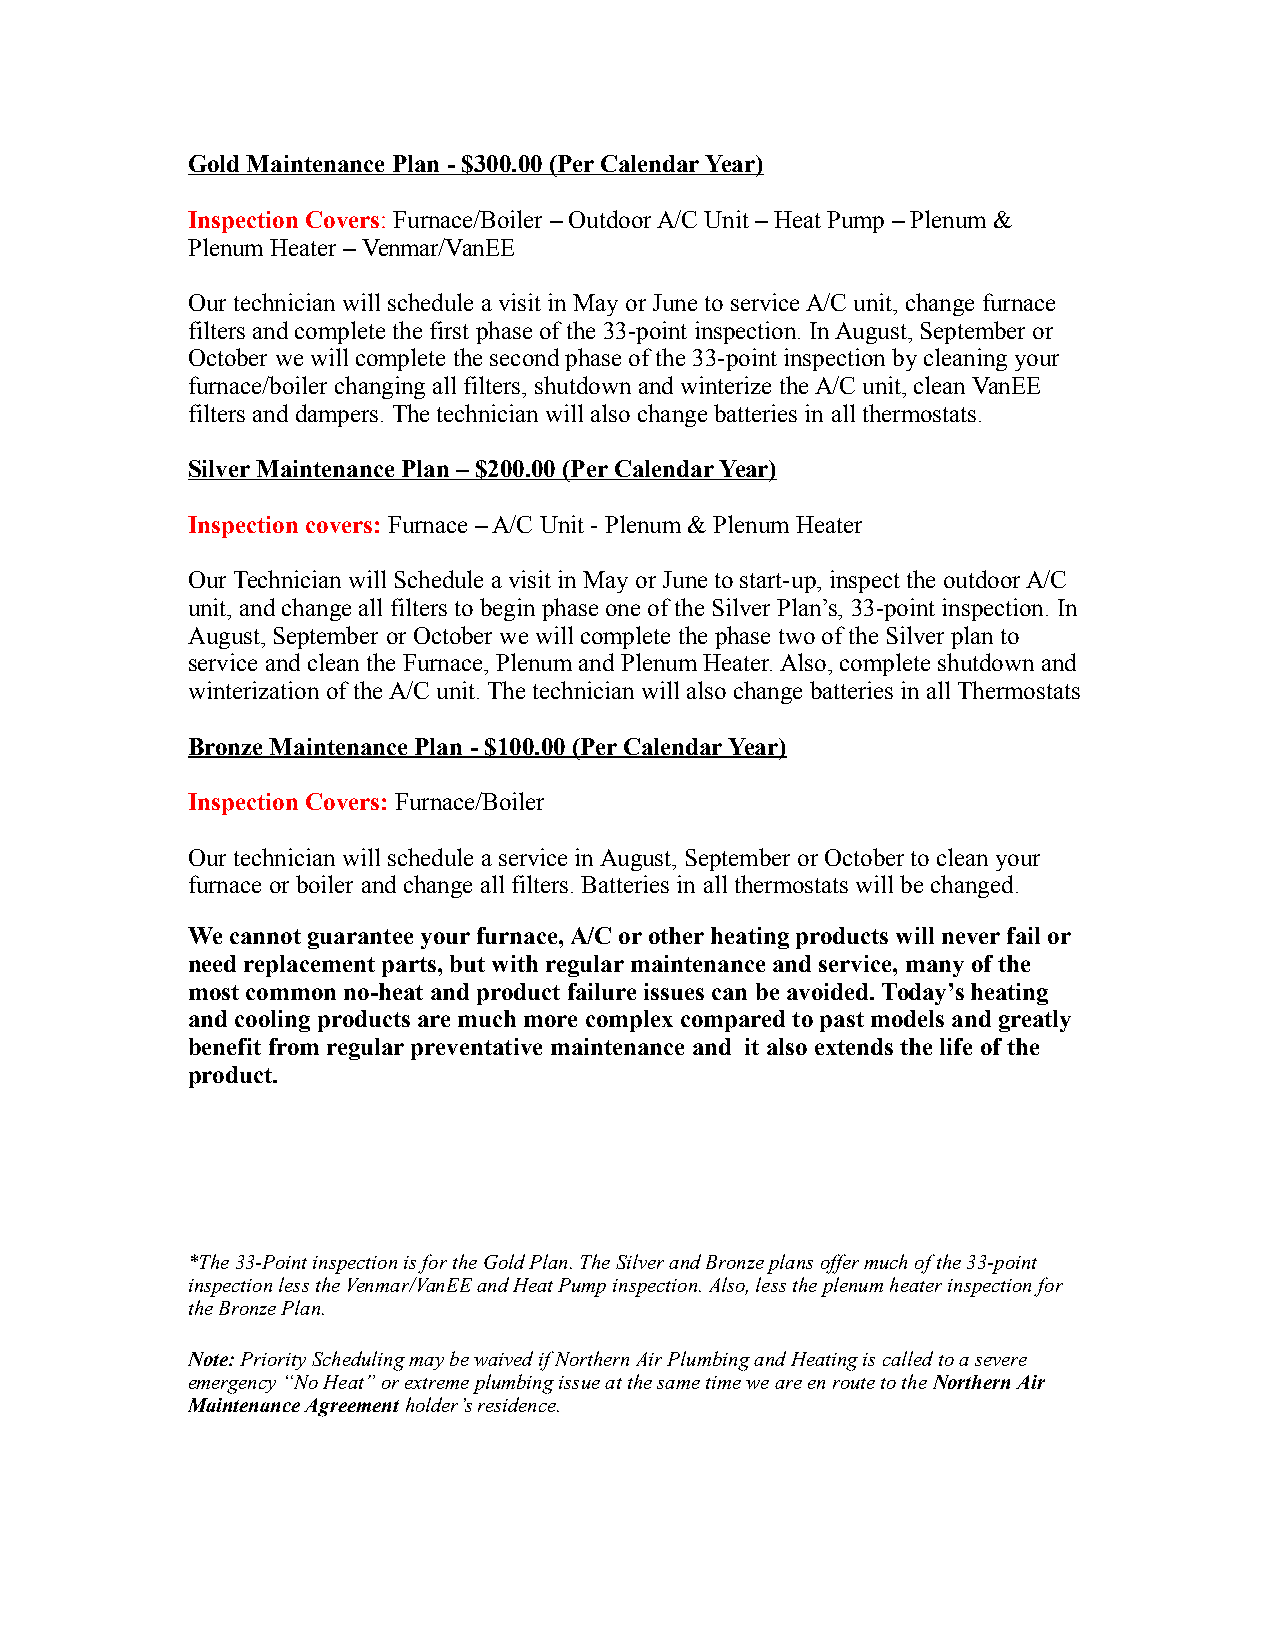
Gold Maintenance Plan - $300.00 (Per Calendar Year)
 Inspection Covers: Furnace/Boiler – Outdoor A/C Unit – Heat Pump – Plenum &
 Plenum Heater – Venmar/VanEE
 Our technician will schedule a visit in May or June to service A/C unit, change furnace
 filters and complete the first phase of the 33-point inspection. In August, September or
 October we will complete the second phase of the 33-point inspection by cleaning your
 furnace/boiler changing all filters, shutdown and winterize the A/C unit, clean VanEE
 filters and dampers. The technician will also change batteries in all thermostats.
 Silver Maintenance Plan – $200.00 (Per Calendar Year)
 Inspection covers: Furnace – A/C Unit - Plenum & Plenum Heater
 Our Technician will Schedule a visit in May or June to start-up, inspect the outdoor A/C
 unit, and change all filters to begin phase one of the Silver Plan’s, 33-point inspection. In
 August, September or October we will complete the phase two of the Silver plan to
 service and clean the Furnace, Plenum and Plenum Heater. Also, complete shutdown and
 winterization of the A/C unit. The technician will also change batteries in all Thermostats
 Bronze Maintenance Plan - $100.00 (Per Calendar Year)
 Inspection Covers: Furnace/Boiler
 Our technician will schedule a service in August, September or October to clean your
 furnace or boiler and change all filters. Batteries in all thermostats will be changed.
 We cannot guarantee your furnace, A/C or other heating products will never fail or
 need replacement parts, but with regular maintenance and service, many of the
 most common no-heat and product failure issues can be avoided. Today’s heating
 and cooling products are much more complex compared to past models and greatly
 benefit from regular preventative maintenance and it also extends the life of the
 product.
 *The 33-Point inspection is for the Gold Plan. The Silver and Bronze plans offer much of the 33-point
 inspection less the Venmar/VanEE and Heat Pump inspection. Also, less the plenum heater inspection for
 the Bronze Plan.
 Note: Priority Scheduling may be waived if Northern Air Plumbing and Heating is called to a severe
 emergency “No Heat” or extreme plumbing issue at the same time we are en route to the Northern Air
 Maintenance Agreement holder’s residence.